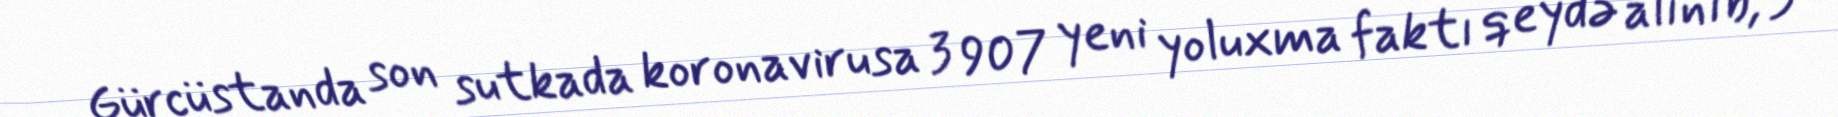
Gürcüstanda son sutkada koronavirusa 3 907 yeni yoluxma faktı qeydə alınıb, 3